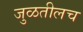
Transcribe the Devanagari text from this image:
जुळतीलच